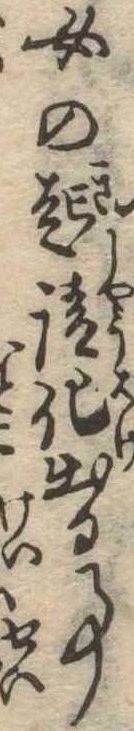
女の起請化出る事